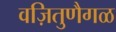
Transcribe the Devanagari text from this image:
वज़ितुणैगळ